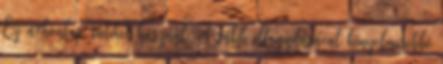
Ez a honlap sütiket használ. A sütik elfogadásával kényelmesebbé